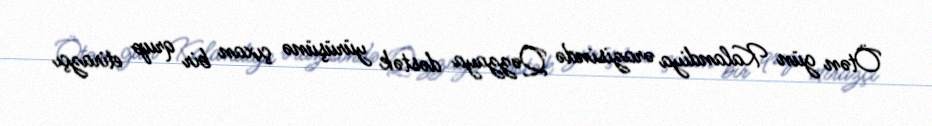
Ötən gün Kalandiya ərazisində Qəzzaya dəstək yürüşünə çıxan bir qrup etirazçı